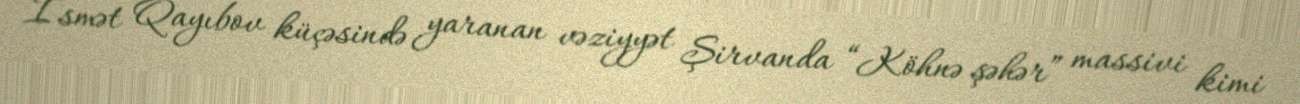
İsmət Qayıbov küçəsində yaranan vəziyyət Şirvanda “Köhnə şəhər” massivi kimi